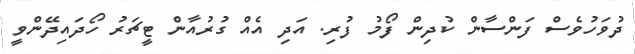
ދުވަހުވެސް ފަންސާން ކުދިން ފޯމު ފުރި. އަދި އެއް ގުރުއާން ޓީޗަރު ހޯދައިދޭންވީ